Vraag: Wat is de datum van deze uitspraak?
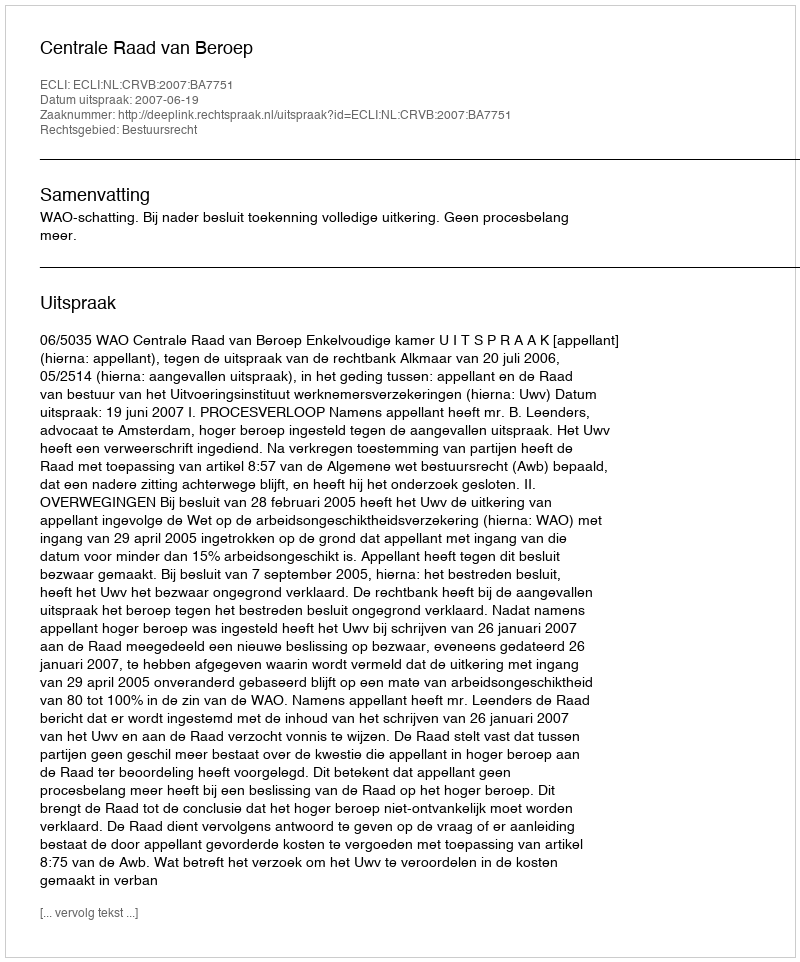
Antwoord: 2007-06-19